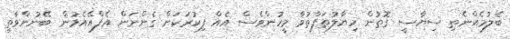
ބެލުމެއްނެތި ސިޔާސީ ގޮތުން ހިޔާލުތަފާތުވާ މީހުންވެސް އެއް ފިކުރަކަށް ގެންނަން އެފްއޭއެމުން ބޭނުންވާތީ